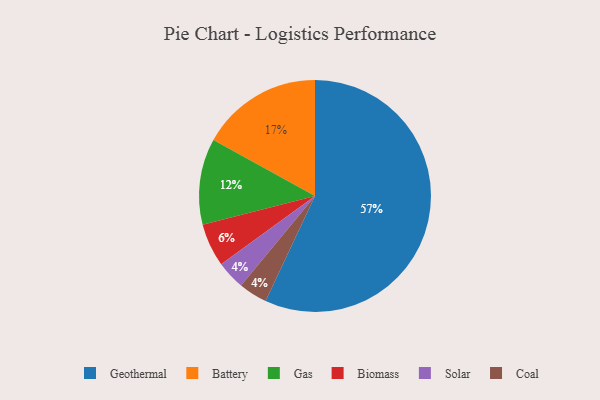
{"axis": {"x": "Category", "y": "Percentage"}, "legend": ["Battery", "Biomass", "Coal", "Gas", "Geothermal", "Solar"], "data": [{"x": "Biomass", "y": 6, "type": "Biomass"}, {"x": "Battery", "y": 17, "type": "Battery"}, {"x": "Solar", "y": 4, "type": "Solar"}, {"x": "Gas", "y": 12, "type": "Gas"}, {"x": "Geothermal", "y": 57, "type": "Geothermal"}, {"x": "Coal", "y": 4, "type": "Coal"}]}